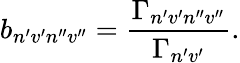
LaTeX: b_{n^{\prime}v^{\prime}n^{\prime\prime}v^{\prime\prime}}=\frac{\Gamma_{n^{\prime}v^{\prime}n^{\prime\prime}v^{\prime\prime}}}{\Gamma_{n^{\prime}v^{\prime}}}.